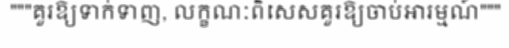
"""គួរឱ្យទាក់ទាញ, លក្ខណៈពិសេសគួរឱ្យចាប់អារម្មណ៍"""